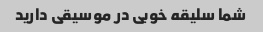
شما سلیقه خوبی در موسیقی دارید